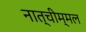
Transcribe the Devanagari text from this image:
नात्चीम्मल